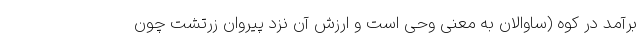
برآمد در کوه (ساوالان به معنی وحی است و ارزش آن نزد پیروان زرتشت چون